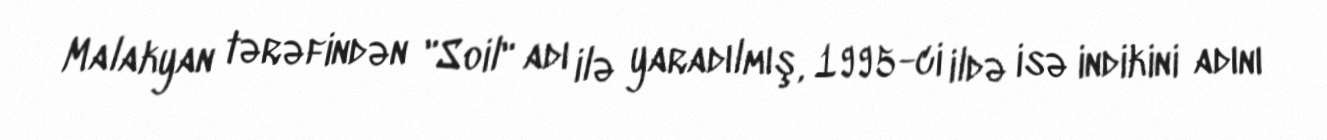
Malakyan tərəfindən "Soil" adı ilə yaradılmış, 1995-ci ildə isə indikini adını